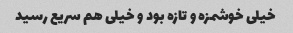
خیلی خوشمزه و تازه بود و خیلی هم سریع رسید